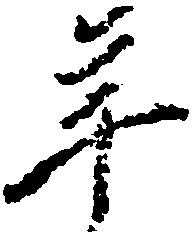
年